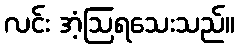
လင်း အံ့ဩရသေးသည်။